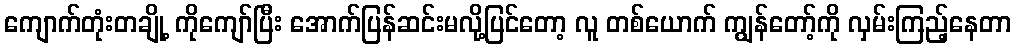
ကျောက်တုံးတချို့ ကိုကျော်ပြီး အောက်ပြန်ဆင်းမလို့ပြင်တော့ လူ တစ်ယောက် ကျွန်တော့်ကို လှမ်းကြည့်နေတာ